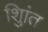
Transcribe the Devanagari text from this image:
शुिांत